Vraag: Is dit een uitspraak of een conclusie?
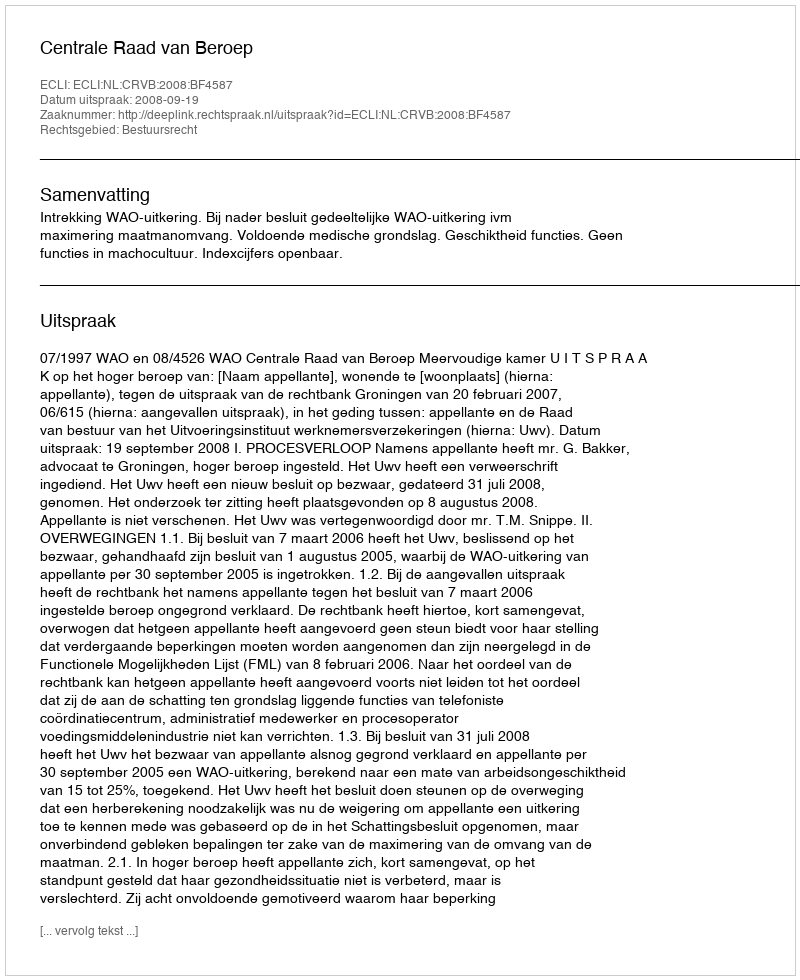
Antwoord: Uitspraak